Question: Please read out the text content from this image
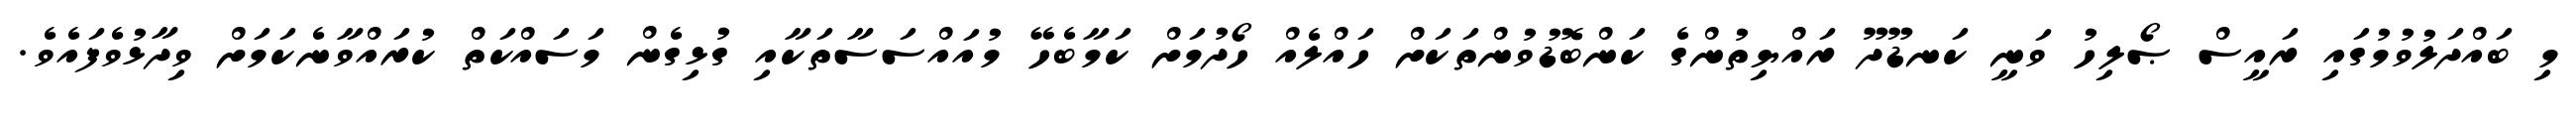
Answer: މި ބައްދަލުވުމުގައި ރައީސް ޞޯލިހު ވަނީ ކަނޑޫދޫ ރައްޔިތުންގެ ކަންބޮޑުވުންތަކަށް ހައްލެއް ހޯދުމަށް ކަމާބެހޭ މުއައްސަސާތަކާއި ގުޅިގެން މަސައްކަތް ކުރައްވާނެކަމަށް ވިދާޅުވެފައެވެ.